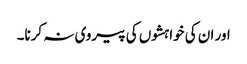
اور ان کی خواہشوں کی پیروی نہ کرنا۔